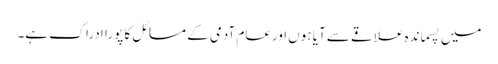
میں پسماندہ علاقے سے آیا ہوں اورعام آدمی کے مسائل کا پورا ادراک ہے۔